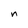
Character: n